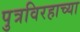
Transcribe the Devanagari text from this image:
पुत्रविरहाच्या